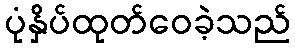
ပုံနှိပ်ထုတ်ဝေခဲ့သည်